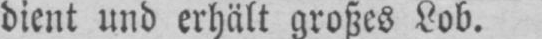
dient und erhält großes Lob.